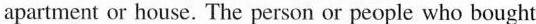
apartment or house. The person or people who bought